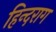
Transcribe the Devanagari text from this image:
हिन्दराग